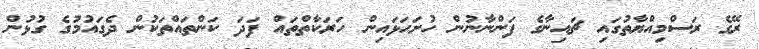
ރޭގެ ރަސްމިއްޔާތުގައި ޗައިނާގެ ފަންނާނުން ހުށަހަޅައިން ހަރަކާތްތައް ފަދަ ކަންތައްތަކުން ދެގައުމުގެ ގުޅުން